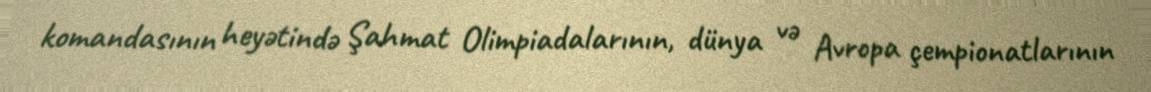
komandasının heyətində Şahmat Olimpiadalarının, dünya və Avropa çempionatlarının